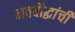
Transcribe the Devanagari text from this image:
नवबौद्धांची